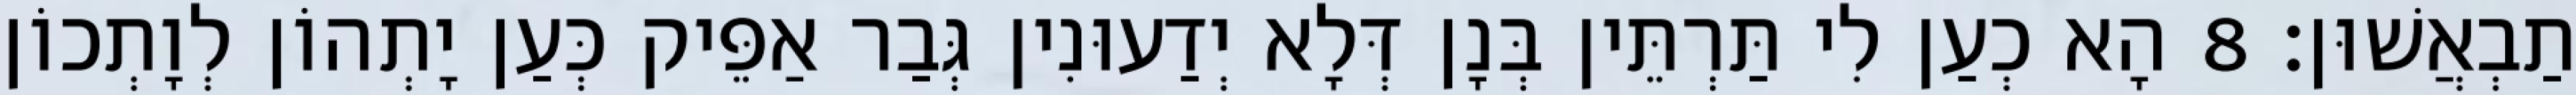
תַבְאֲשׁוּן׃ 8 הָא כְעַן לִי תַּרְתֵּין בְּנָן דְּלָא יְדַעוּנִין גְּבַר אַפֵּיק כְּעַן יָתְהוֹן לְוָתְכוֹן